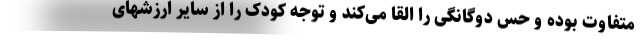
متفاوت بوده و حس دوگانگی را القا می‌کند و توجه کودک را از سایر ارزشهای